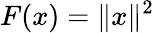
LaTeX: F(x)=\| x\| ^{2}